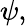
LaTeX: \psi,